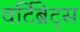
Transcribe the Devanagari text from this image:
वर्टिब्रेट्स